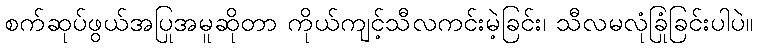
စက်ဆုပ်ဖွယ်အပြုအမူဆိုတာ ကိုယ်ကျင့်သီလကင်းမဲ့ခြင်း၊ သီလမလုံခြုံခြင်းပါပဲ။